Source: Handwritten
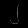
Digit: ၂ (2)